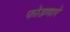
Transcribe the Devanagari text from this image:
फोडणारे